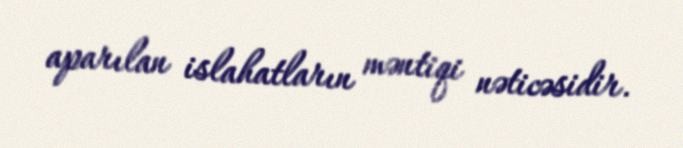
aparılan islahatların məntiqi nəticəsidir.